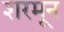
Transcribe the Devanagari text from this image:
शरमून